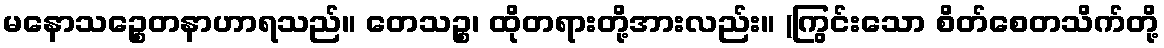
မနောသဉ္စေတနာဟာရသည်။ တေသဉ္စ၊ ထိုတရားတို့အားလည်း။ (ကြွင်းသော စိတ်စေတသိက်တို့